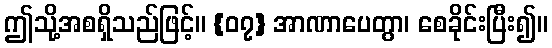
ဤသို့အစရှိသည်ဖြင့်။ {၀၇} အာဏာပေတွာ၊ စေခိုင်းပြီး၍။